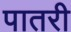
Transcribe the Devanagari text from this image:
पातरी